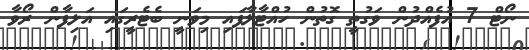
ނޯޓް 7 އުފެއްދުން ވަގުތީ ގޮތުން ހުއްޓާލާފައި މިވަނީ ބެޓެރީގައި އަލިފާން ރޯވާ